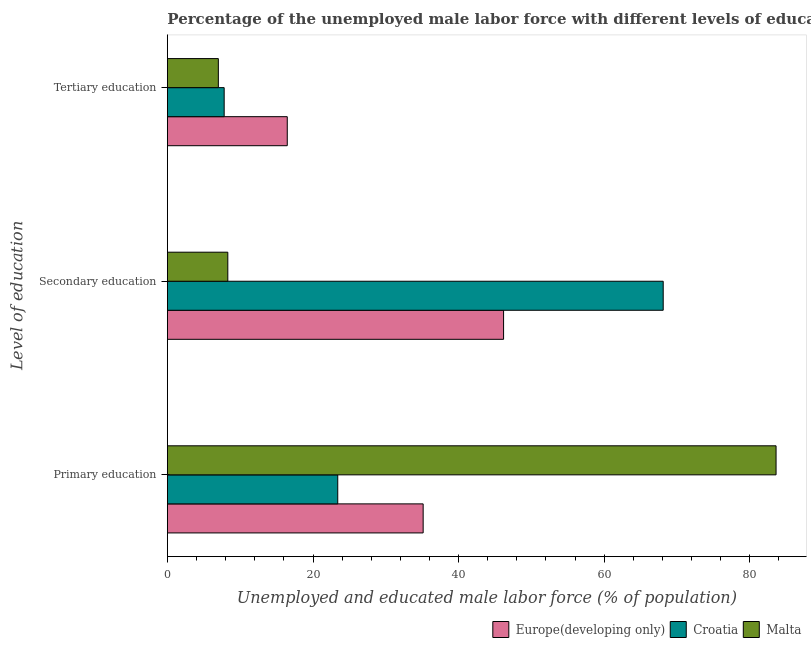
| Level of education | Europe(developing only) | Croatia | Malta |
 | --- | --- | --- | --- |
 | Primary education | 35.1 | 23.4 | 83.6 |
 | Secondary education | 46.2 | 68.1 | 8.3 |
 | Tertiary education | 16.5 | 7.8 | 7 |